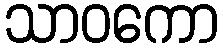
သာဝကော